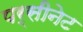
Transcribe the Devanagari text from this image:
पर्सीनेट